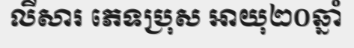
លីសារ ភេទប្រុស អាយុ២០ឆ្នាំ